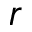
r